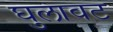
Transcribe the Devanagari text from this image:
घुलावट